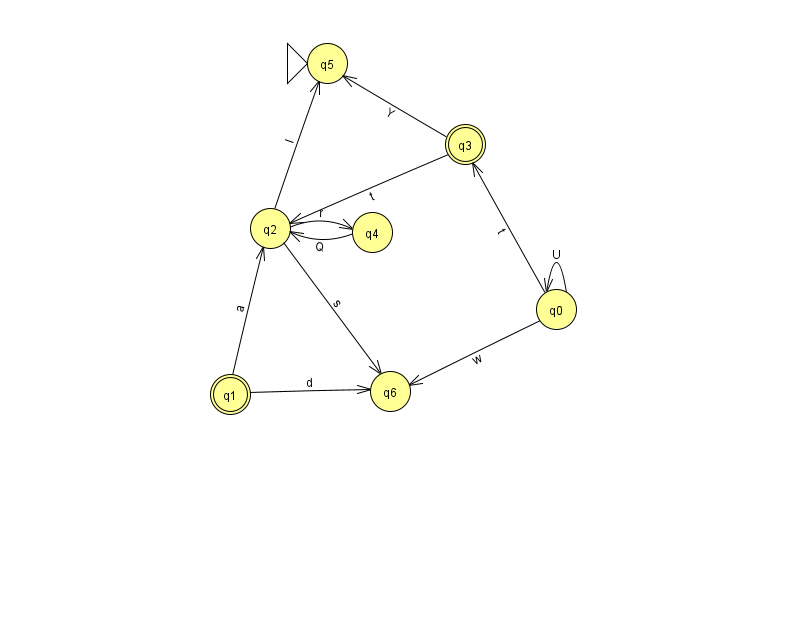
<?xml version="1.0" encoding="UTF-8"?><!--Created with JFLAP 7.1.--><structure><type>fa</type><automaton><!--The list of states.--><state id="0" name="q0"><x>556.0</x><y>296.0</y></state><state id="1" name="q1"><x>230.0</x><y>381.0</y><final/></state><state id="2" name="q2"><x>270.0</x><y>215.0</y></state><state id="3" name="q3"><x>465.0</x><y>131.0</y><final/></state><state id="4" name="q4"><x>372.0</x><y>219.0</y></state><state id="5" name="q5"><x>327.0</x><y>50.0</y><initial/></state><state id="6" name="q6"><x>390.0</x><y>378.0</y></state><!--The list of transitions.--><transition><from>0</from><to>3</to><read>t</read></transition><transition><from>2</from><to>6</to><read>s</read></transition><transition><from>3</from><to>5</to><read>Y</read></transition><transition><from>1</from><to>6</to><read>d</read></transition><transition><from>0</from><to>0</to><read>U</read></transition><transition><from>1</from><to>2</to><read>a</read></transition><transition><from>2</from><to>4</to><read>r</read></transition><transition><from>3</from><to>2</to><read>t</read></transition><transition><from>4</from><to>2</to><read>Q</read></transition><transition><from>0</from><to>6</to><read>w</read></transition><transition><from>2</from><to>5</to><read>I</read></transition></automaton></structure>